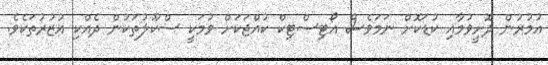
އުމުރުން ދޮށީވުމާއި ކުޑަކޮށް ނަމަވެސް އޯޓިސްޓިކް ކުއްޖަކަށް ވުމަކީ ސްކޫލުތަކުން ދެއްކި އުޒުރުތަކެވެ.